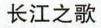
长江之歌